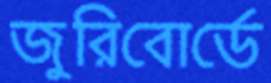
জুরিবোর্ডে